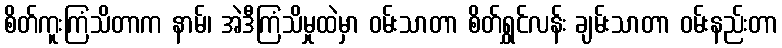
စိတ်ကူးကြံသိတာက နာမ်၊ အဲဒီကြံသိမှုထဲမှာ ဝမ်းသာတာ စိတ်ရွှင်လန်း ချမ်းသာတာ ဝမ်းနည်းတာ